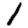
Digit: 1